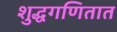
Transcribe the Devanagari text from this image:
शुद्धगणितात